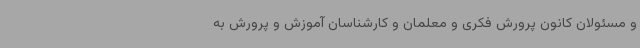
و مسئولان کانون پرورش فکری و معلمان و کارشناسان آموزش و پرورش به